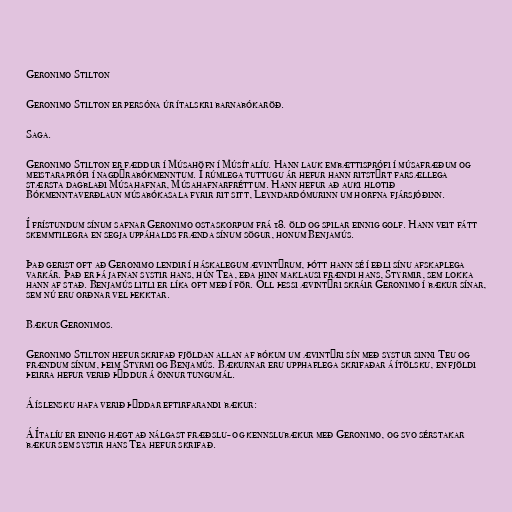
Geronimo Stilton

Geronimo Stilton er persóna úr ítalskri barnabókaröð.

Saga.

Geronimo Stilton er fæddur í Músahöfn í Músítalíu. Hann lauk embættisprófi í músafræðum og
meistaraprófi í nagdýrabókmenntum. Í rúmlega tuttugu ár hefur hann ritstýrt farsællega
stærsta dagblaði Músahafnar, Músahafnarfréttum. Hann hefur að auki hlotið
Bókmenntaverðlaun músabókasala fyrir rit sitt, Leyndardómurinn um horfna fjársjóðinn.

Í frístundum sínum safnar Geronimo ostaskorpum frá 18. öld og spilar einnig golf. Hann veit fátt
skemmtilegra en segja uppáhalds frænda sínum sögur, honum Benjamús.

Það gerist oft að Geronimo lendir í háskalegum ævintýrum, þótt hann sé í eðli sínu afskaplega
varkár. Það er þá jafnan systir hans, hún Tea, eða hinn maklausi frændi hans, Styrmir, sem lokka
hann af stað. Benjamús litli er líka oft með í för. Öll þessi ævintýri skráir Geronimo í bækur sínar,
sem nú eru orðnar vel þekktar.

Bækur Geronimos.

Geronimo Stilton hefur skrifað fjöldan allan af bókum um ævintýri sín með systur sinni Teu og
frændum sínum, þeim Styrmi og Benjamús. Bækurnar eru upphaflega skrifaðar á ítölsku, en fjöldi
þeirra hefur verið þýddur á önnur tungumál.

Á íslensku hafa verið þýddar eftirfarandi bækur:

Á Ítalíu er einnig hægt að nálgast fræðslu- og kennslubækur með Geronimo, og svo sérstakar
bækur sem systir hans Tea hefur skrifað.